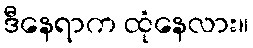
ဒီနေရာက ထုံနေလား။